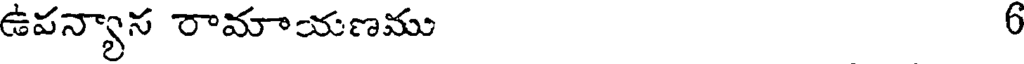
ఉపన్యాస రామాయణము 6